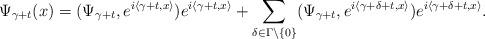
LaTeX: \begin{align*}\Psi_{\gamma+t}(x)=(\Psi_{\gamma+t},e^{i\left\langle \gamma+t,x\right\rangle})e^{i\left\langle \gamma+t,x\right\rangle }+\sum_{\delta\in\Gamma\backslash\left\{ 0\right\} }(\Psi_{\gamma+t},e^{i\left\langle \gamma+\delta+t,x\right\rangle })e^{i\left\langle \gamma+\delta+t,x\right\rangle }.\end{align*}